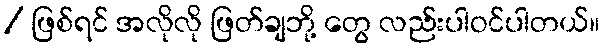
/ ဖြစ်ရင် အလိုလို ဖြတ်ချဘို့ တွေ လည်းပါဝင်ပါတယ်။